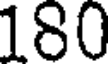
180